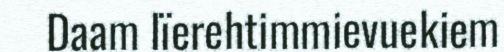
Daam lïerehtimmievuekiem